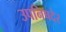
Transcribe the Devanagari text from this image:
उपनिषदेर